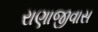
રાણાજીવાસ